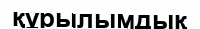
құрылымдық